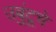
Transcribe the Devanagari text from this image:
उबुंटूचे